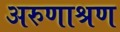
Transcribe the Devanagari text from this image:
अरुणाश्रण